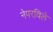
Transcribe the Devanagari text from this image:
नेपरविले